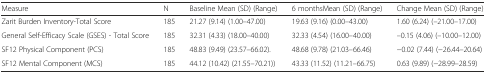
| Measure | N | Baseline Mean (SD) (Range) | 6 monthsMean (SD) (Range) | Change Mean (SD) (Range) |
 | --- | --- | --- | --- | --- |
 | Zarit Burden Inventory-Total Score | 185 | 21.27 (9.14) (1.00–47.00) | 19.63 (9.16) (0.00–43.00) | 1.60 (6.24) (–21.00–17.00) |
 | General Self-Efficacy Scale (GSES) - Total Score | 185 | 32.31 (4.33) (18.00–40.00) | 32.33 (4.54) (16.00–40.00) | –0.15 (4.06) (–10.00–12.00) |
 | SF12 Physical Component (PCS) | 185 | 48.83 (9.49) (23.57–66.02). | 48.68 (9.78) (21.03–66.46) | −0.02 (7.44) (−26.44–20.64) |
 | SF12 Mental Component (MCS) | 185 | 44.12 (10.42) (21.55–70.21)) | 43.33 (11.52) (11.21–66.75) | 0.63 (9.89) (−28.99–28.59) |